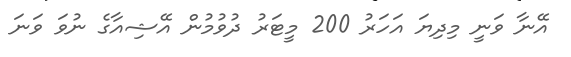
އޭނާ ވަނީ މިދިޔަ އަހަރު 200 މީޓަރު ދުވުމުން އޭޝިއާގެ ނުވަ ވަނަ